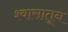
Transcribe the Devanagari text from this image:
श्वासातून